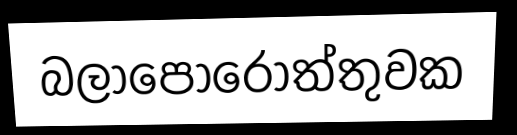
බලාපොරොත්තුවක